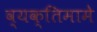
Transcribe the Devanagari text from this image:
व्यक्तिमामे